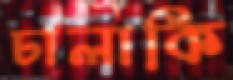
চালাকি